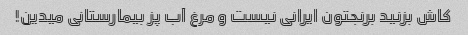
کاش بزنید برنجتون ایرانی نیست و مرغ آب پز بیمارستانی میدین!